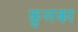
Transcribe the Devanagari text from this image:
कुलका